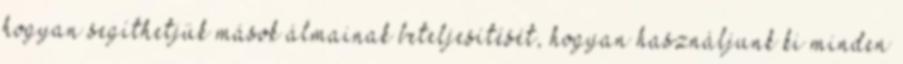
hogyan segíthetjük mások álmainak beteljesítését, hogyan használjunk ki minden